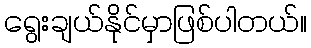
ရွေးချယ်နိုင်မှာဖြစ်ပါတယ်။